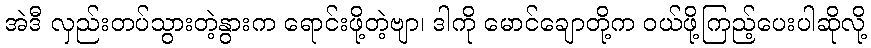
အဲဒီ လှည်းတပ်သွားတဲ့နွားက ရောင်းဖို့တဲ့ဗျာ၊ ဒါကို မောင်ချောတို့က ဝယ်ဖို့ကြည့်ပေးပါဆိုလို့